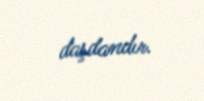
daşdandır.